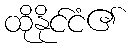
ထိုနိုင်ငံ၏